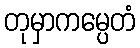
တုမှာကမ္ပေတံ